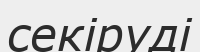
секіруді